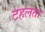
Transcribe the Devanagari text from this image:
टहलता